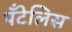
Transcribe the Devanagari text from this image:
पँटेलिस